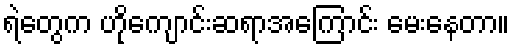
ရဲတွေက ဟိုကျောင်းဆရာအကြောင်း မေးနေတာ။